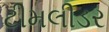
ટીમલીડર